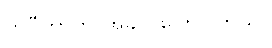
ကိုပီတာက အခုလိုပြောပါတယ်။